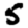
Digit: 5